NAE_ERA_R-2362_Emakeele_Selts, lk 15
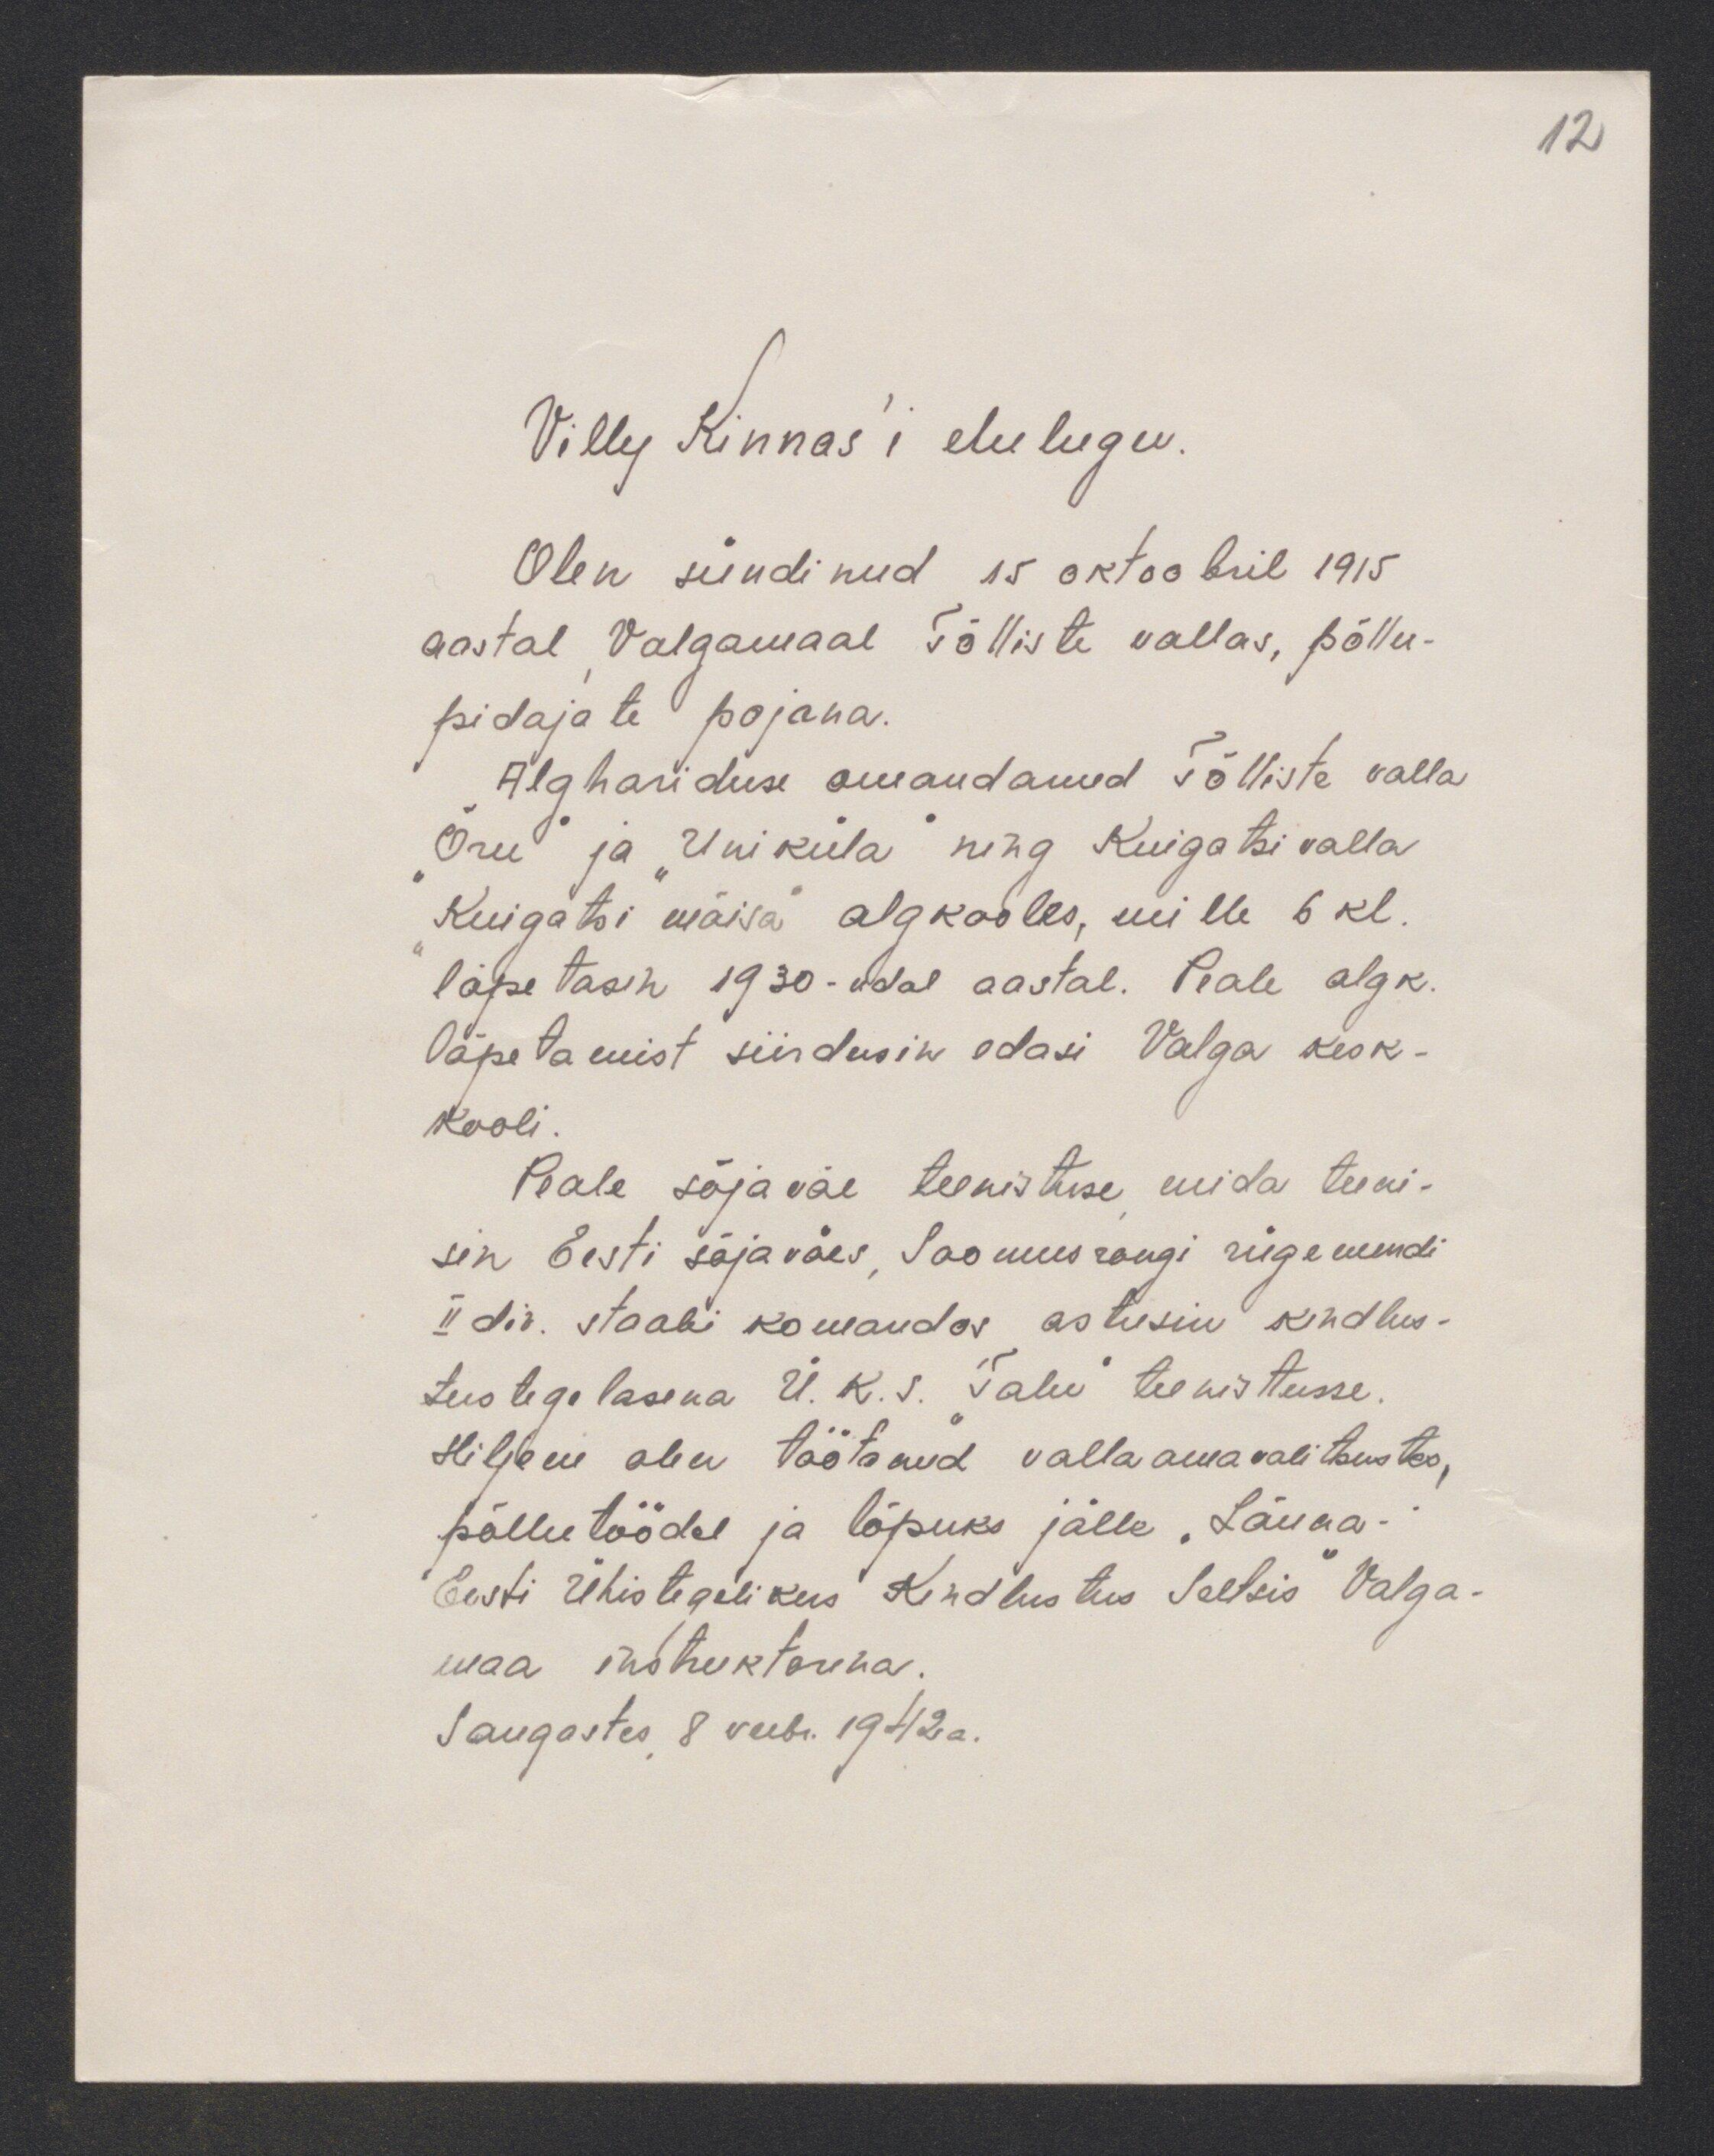
12

Villy Kinnas'i elulugu.
Olen sündinud 15 oktoobril 1915.
aastal Valgamaal Tõliste vallas, põllu-
pidajate pojana.
Alghariduse omandanud Tõlliste valla
"Õru" ja "Uniküla" ning Kuigatsi valla
Kuigatsi mõisa algkooles, mille 6 kl.
lõpetasin 1930-ndal aastal. Peale algk.
lõpetamist siirdusin edasi Valga kesk-
Kooli
Peale sõjaväe teenistuse mida teeni-
sin Eesti sõjaväes Soomusrongi rügemendi
II div. staabi komandos astusin kindlus-
tustegelasena Ü.K.S. Talu teenistusse
Hiljem olen töötanud valla omavalitsustes,
põllutöödel ja lõpuks jälle "Lõuna-
Eesti Ühistegelikus Kindlustus Seltsis Valga-
maa instruktorina.
Saugastes 8 veebi 1942 a.